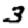
Digit: 3